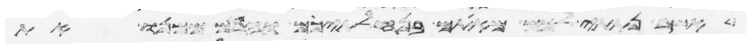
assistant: אשר נתתי לכם מאתם בנחלתיכם והרמתם ממנו את